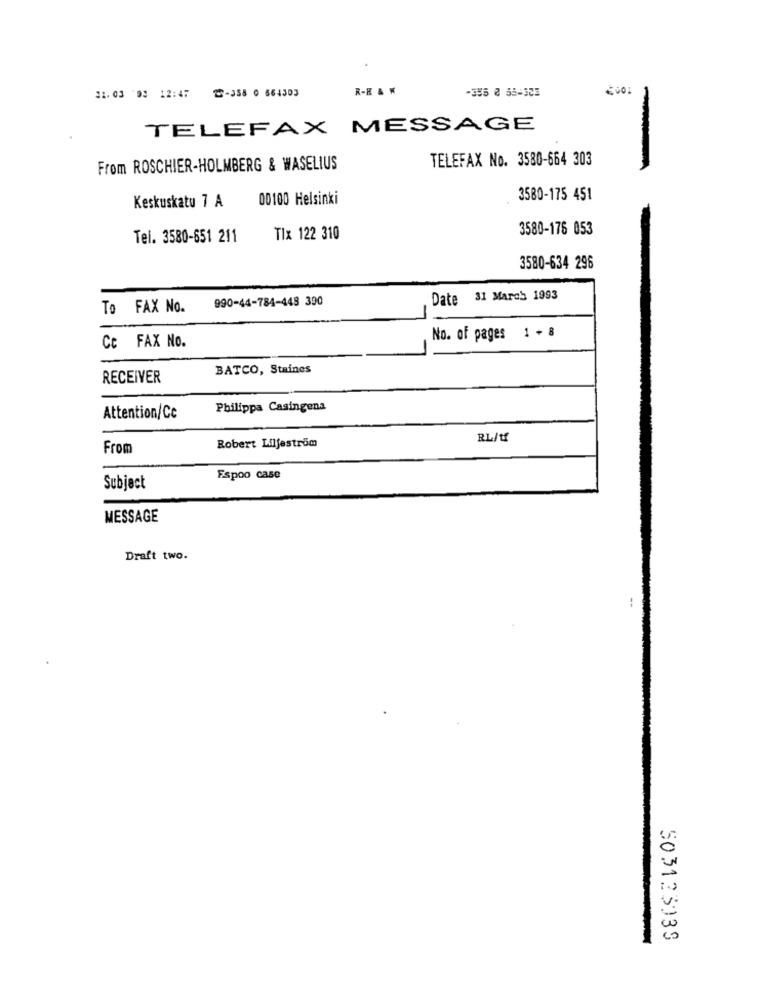
₾-358 0 664303
R-R & W
31.03 '93 12:47
-355 @ 55-383
TELEFAX MESSAGE
TELEFAX No. 3580-664 303
From ROSCHIER-HOLMBERG & WASELIUS
Keskuskatu 7 A
00100 Helsinki
3580-175 451
3580-176 053
Tel. 3580-651 211
Tlx 122 310
3580-634 296
990-44-784-448 390
Date 31 March 1993
To FAX No.
No. of pages 1 + 8
Cc FAX No.
BATCO, Staines
RECEIVER
Philippa Casingena
Attention/Cc
Robert Liljeström
RL/tf
From
Espoo case
Subject
MESSAGE
Draft two.
503123039